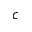
c